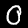
Label: 0